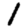
Digit: 1